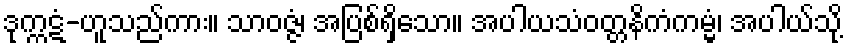
ဒုက္ကဋံ-ဟူသည်ကား။ သာဝဇ္ဇံ၊ အပြစ်ရှိသော။ အပါယသံဝတ္တနိကံကမ္မံ၊ အပါယ်သို့